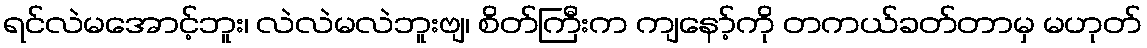
ရင်လဲမအောင့်ဘူး၊ လဲလဲမလဲဘူးဗျ၊ စိတ်ကြီးက ကျနော့်ကို တကယ်ခတ်တာမှ မဟုတ်